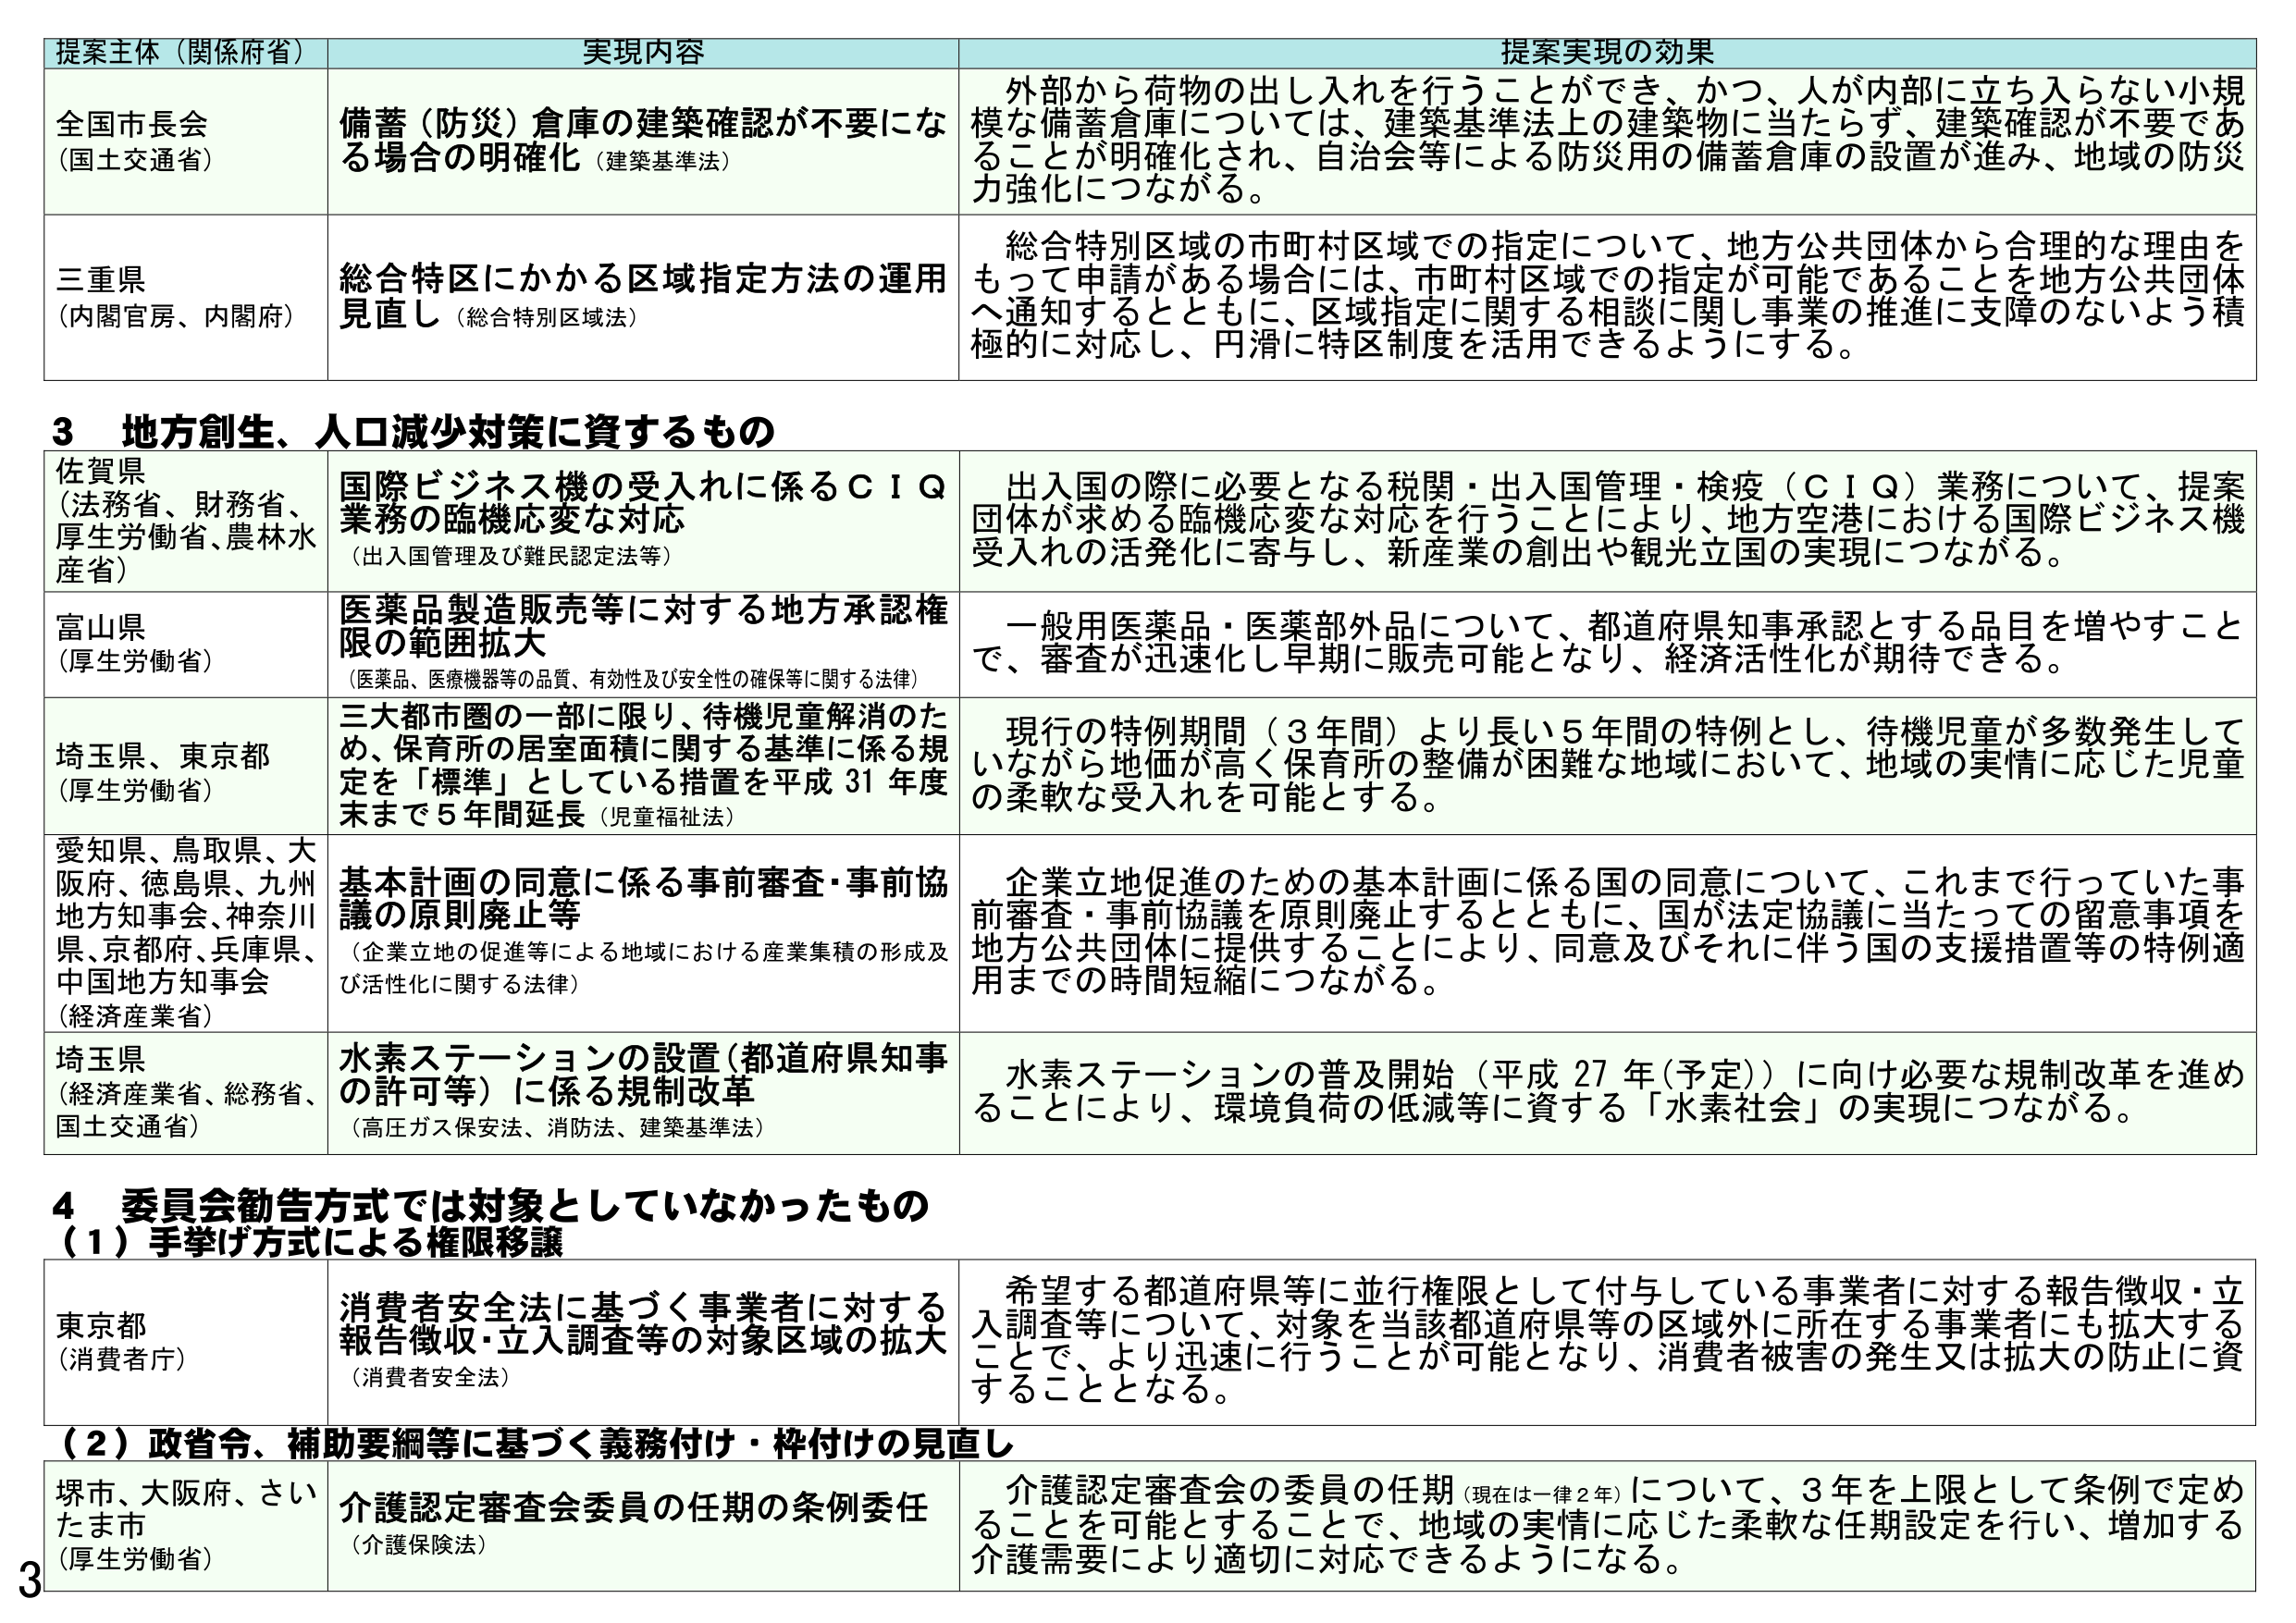
提案主体（関係府省） 実現内容 提案実現の効果
全国市長会 （国土交通省） 備蓄（防災）倉庫の建築確認が不要になる場合の明確化（建築基準法） 外部から荷物の出し入れを行うことができ、かつ、人が内部に立ち入らない小規模な備蓄倉庫については、建築基準法上の建築物に当たらず、建築確認が不要であることが明確化され、自治会等による防災用の備蓄倉庫の設置が進み、地域の防災力強化につながる。
三重県 （内閣官房、内閣府） 総合特区にかかる区域指定方法の運用見直し（総合特別区域法） 総合特別区域の市町村区域での指定について、地方公共団体から合理的な理由をもって申請がある場合には、市町村区域での指定が可能であることを地方公共団体へ通知するとともに、区域指定に関する相談に関し事業の推進に支障のないよう積極的に対応し、円滑に特区制度を活用できるようにする。
3 地方創生、人口減少対策に資するもの
佐賀県 （法務省、財務省、厚生労働省、農林水産省） 国際ビジネス機の受入れに係るＣＩＱ業務の臨機応変な対応 （出入国管理及び難民認定法等） 出入国の際に必要となる税関・出入国管理・検疫（ＣＩＱ）業務について、提案団体が求める臨機応変な対応を行うことにより、地方空港における国際ビジネス機受入れの活発化に寄与し、新産業の創出や観光立国の実現につながる。
富山県 （厚生労働省） 医薬品製造販売等に対する地方承認権限の範囲拡大 （医薬品、医療機器等の品質、有効性及び安全性の確保等に関する法律） 一般用医薬品・医薬部外品について、都道府県知事承認とする品目を増やすことで、審査が迅速化し早期に販売可能となり、経済活性化が期待できる。
埼玉県、東京都 （厚生労働省） 三大都市圏の一部に限り、待機児童解消のため、保育所の居室面積に関する基準に係る規定を「標準」としている措置を平成31年度末まで5年間延長（児童福祉法） 現行の特例期間（3年間）より長い5年間の特例とし、待機児童が多数発生していながら地価が高く保育所の整備が困難な地域において、地域の実情に応じた児童の柔軟な受入れを可能とする。
愛知県、鳥取県、大阪府、徳島県、九州地方知事会、神奈川県、京都府、兵庫県、中国地方知事会 （経済産業省） 基本計画の同意に係る事前審査・事前協議の原則廃止等 （企業立地の促進等による地域における産業集積の形成及び活性化に関する法律） 企業立地促進のための基本計画に係る国の同意について、これまで行っていた事前審査・事前協議を原則廃止するとともに、国が法定協議に当たっての留意事項を地方公共団体に提供することにより、同意及びそれに伴う国の支援措置等の特例適用までの時間短縮につながる。
埼玉県 （経済産業省、総務省、国土交通省） 水素ステーションの設置（都道府県知事の許可等）に係る規制改革 （高圧ガス保安法、消防法、建築基準法） 水素ステーションの普及開始（平成27年（予定））に向け必要な規制改革を進めることにより、環境負荷の低減等に資する「水素社会」の実現につながる。
4 委員会勧告方式では対象としていなかったもの
（1）手挙げ方式による権限移譲
東京都 （消費者庁） 消費者安全法に基づく事業者に対する報告徴収・立入調査等の対象区域の拡大 （消費者安全法） 希望する都道府県等に並行権限として付与している事業者に対する報告徴収・立入調査等について、対象を当該都道府県等の区域外に所在する事業者にも拡大することで、より迅速に行うことが可能となり、消費者被害の発生又は拡大の防止に資することとなる。
（2）政省令、補助要綱等に基づく義務付け・枠付けの見直し
堺市、大阪府、さいたま市 （厚生労働省） 介護認定審査会委員の任期の条例委任 （介護保険法） 介護認定審査会の委員の任期（現在は一律2年）について、3年を上限として条例で定めることを可能とすることで、地域の実情に応じた柔軟な任期設定を行い、増加する介護需要により適切に対応できるようになる。
3